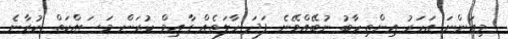
މިއަންނަ އަހަރު އިންތިހާބު ނުބޭއްވޭނެ ފަދަ ހާލަތެއް ގާއިމް ކުރަން މަސައްކަތް ކުރާނެ